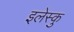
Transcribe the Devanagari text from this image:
इलेस्कु